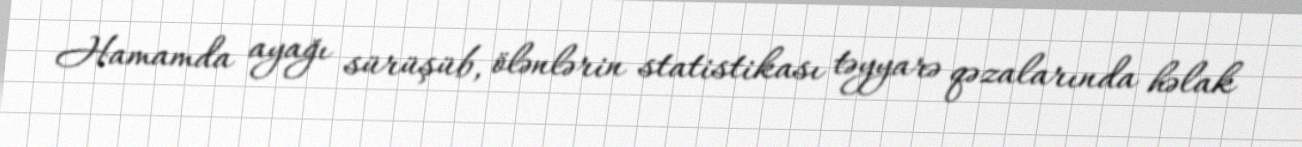
Hamamda ayağı sürüşüb, ölənlərin statistikası təyyarə qəzalarında həlak